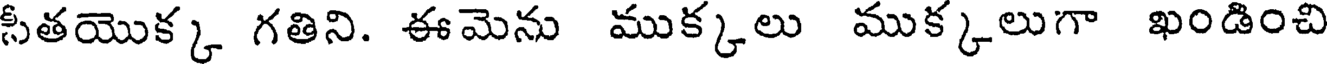
సీతయొక్క గతిని. ఈమెను ముక్కలు ముక్కలుగా ఖండించి